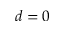
d = 0